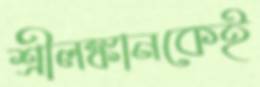
শ্রীলঙ্কানকেই